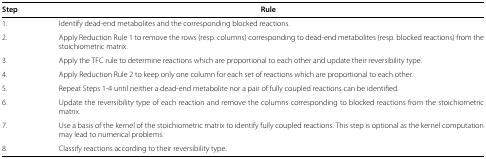
| Step | Rule |
 | --- | --- |
 | 1. | Identify dead-end metabolites and the corresponding blocked reactions. |
 | 2. | Apply Reduction Rule 1 to remove the rows (resp. columns) corresponding to dead-end metabolites (resp. blocked reactions) from the stoichiometric matrix. |
 | 3. | Apply the TFC rule to determine reactions which are proportional to each other and update their reversibility type. |
 | 4. | Apply Reduction Rule 2 to keep only one column for each set of reactions which are proportional to each other. |
 | 5. | Repeat Steps 1-4 until neither a dead-end metabolite nor a pair of fully coupled reactions can be identified. |
 | 6. | Update the reversibility type of each reaction and remove the columns corresponding to blocked reactions from the stoichiometric matrix. |
 | 7. | Use a basis of the kernel of the stoichiometric matrix to identify fully coupled reactions. This step is optional as the kernel computation may lead to numerical problems. |
 | 8. | Classify reactions according to their reversibility type. |